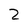
Character: 2